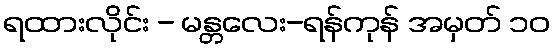
ရထားလိုင်း - မန္တလေး-ရန်ကုန် အမှတ် ၁၀